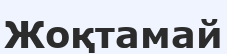
Жоқтамай